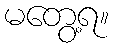
မတွေ့ရ။